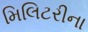
મિલિટરીના